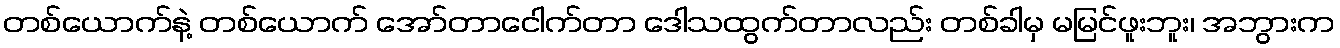
တစ်ယောက်နဲ့ တစ်ယောက် အော်တာငေါက်တာ ဒေါသထွက်တာလည်း တစ်ခါမှ မမြင်ဖူးဘူး၊ အဘွားက